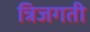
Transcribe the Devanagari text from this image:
त्रिजगती